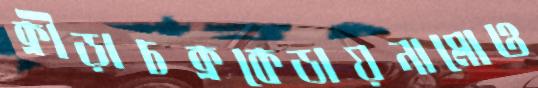
ক্রীড়াচক্রকেডায়নামোও